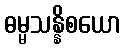
ဓမ္မသန္နိစယော